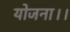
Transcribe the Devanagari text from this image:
योजना।।